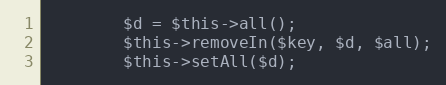
Language: PHP
        $d = $this->all();
        $this->removeIn($key, $d, $all);
        $this->setAll($d);